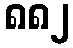
၈၈၂